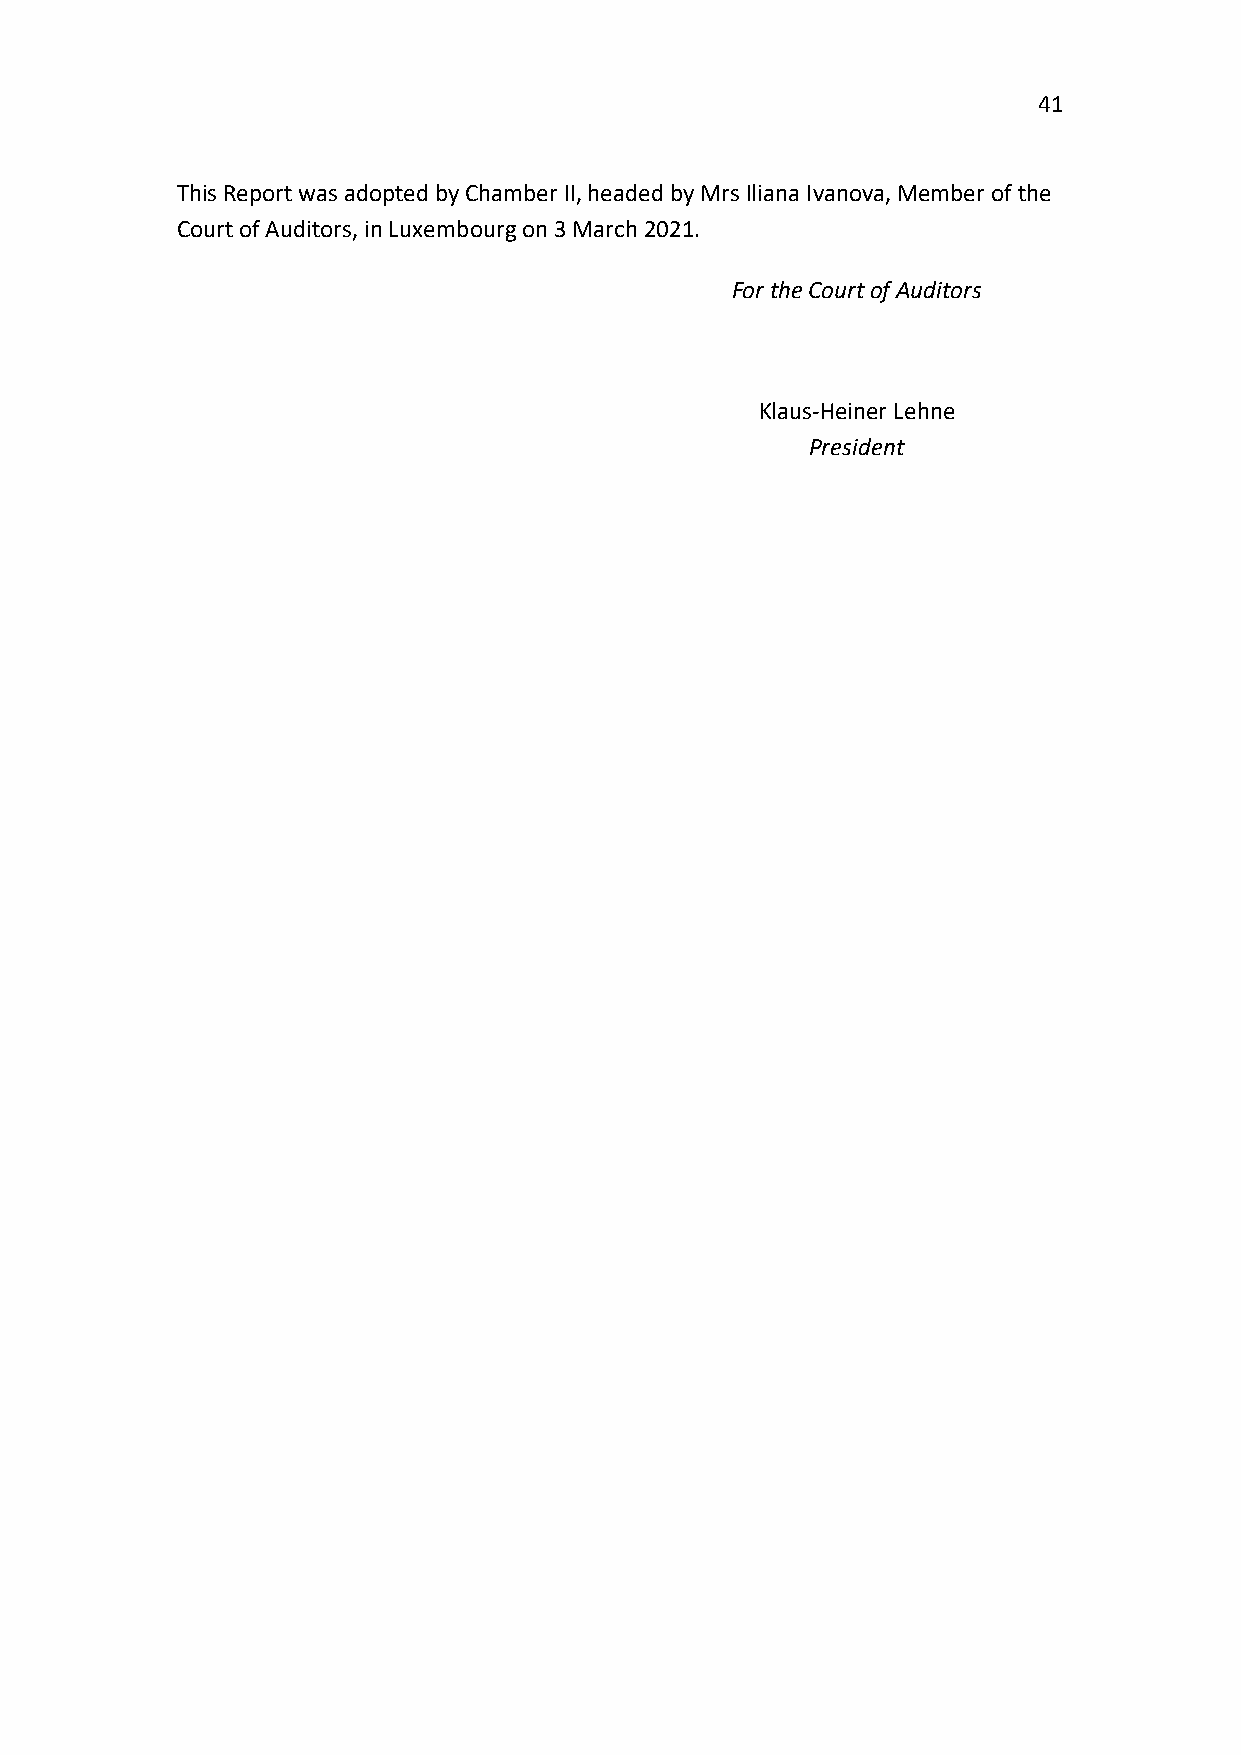
41
 This Report was adopted by Chamber II, headed by Mrs Iliana Ivanova, Member of the
 Court of Auditors, in Luxembourg on 3 March 2021.
 For the Court of Auditors
 Klaus-Heiner Lehne
 President